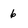
Character: 6